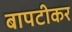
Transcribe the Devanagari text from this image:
बापटीकर